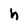
Character: h